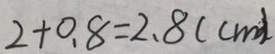
2 + 0 . 8 = 2 . 8 ( c m )